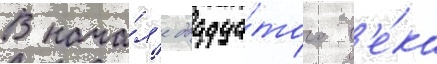
В нача́л'е двадца́того в'е́ка